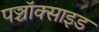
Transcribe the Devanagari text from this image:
पञ्चॉक्साइड